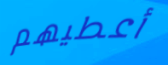
أعطيهم